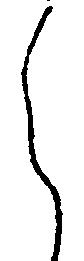
之